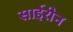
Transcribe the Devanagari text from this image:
साईरीन